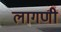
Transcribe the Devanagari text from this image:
लागणी